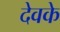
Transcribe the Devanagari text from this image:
देवके